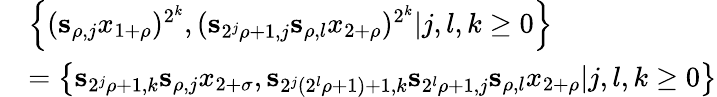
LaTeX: \begin{array}{rl}&{\left\{ (\mathbf{s}_{\rho,j}x_{1+\rho})^{2^{k}},(\mathbf{s}_{2^{j}\rho+1,j}\mathbf{s}_{\rho,l}x_{2+\rho})^{2^{k}}|j,l,k\geq 0\right\} }\\ &{=\left\{ \mathbf{s}_{2^{j}\rho+1,k}\mathbf{s}_{\rho,j}x_{2+\sigma},\mathbf{s}_{2^{j}(2^{l}\rho+1)+1,k}\mathbf{s}_{2^{l}\rho+1,j}\mathbf{s}_{\rho,l}x_{2+\rho}|j,l,k\geq 0\right\} }\end{array}